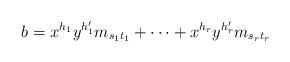
LaTeX: \begin{align*}b=x^{h_1}y^{h'_1}m_{s_1t_1}+\cdots+x^{h_r}y^{h'_r}m_{s_rt_r}\end{align*}